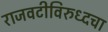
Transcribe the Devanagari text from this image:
राजवटीविरुध्दचा